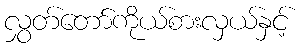
လွှတ်တော်ကိုယ်စားလှယ်နှင့်